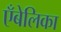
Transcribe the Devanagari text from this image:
एँबेलिका